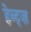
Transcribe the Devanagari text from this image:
हेन्ट्ज़